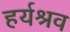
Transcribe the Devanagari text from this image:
हर्यश्रव